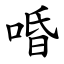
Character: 㖧